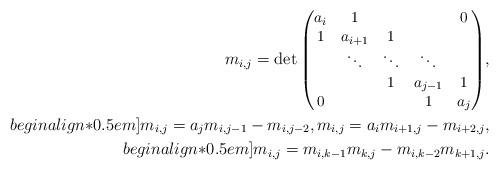
LaTeX: \begin{align*}m_{i,j}={\small \det \begin{pmatrix}a_i&1&&&0\\ 1&a_{i+1}&1&\\ &\ddots&\ddots&\ddots\\ &&1&a_{j-1}&1\\ 0&&&1&a_{j} \end{pmatrix}},\\begin{align*}0.5em]m_{i,j}=a_j m_{i,j-1}-m_{i,j-2}, m_{i,j}=a_i m_{i+1,j}-m_{i+2,j},\\begin{align*}0.5em] m_{i,j}=m_{i,k-1}m_{k,j}-m_{i,k-2}m_{k+1,j}.\end{align*}